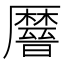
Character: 𫨤